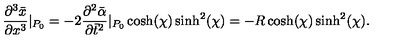
\frac { \partial ^ { 3 } \bar { x } } { \partial x ^ { 3 } } | _ { P _ { 0 } } = - 2 \frac { \partial ^ { 2 } \bar { \alpha } } { \partial \bar { t } ^ { 2 } } | _ { P _ { 0 } } \cosh ( \chi ) \sinh ^ { 2 } ( \chi ) = - R \cosh ( \chi ) \sinh ^ { 2 } ( \chi ) .